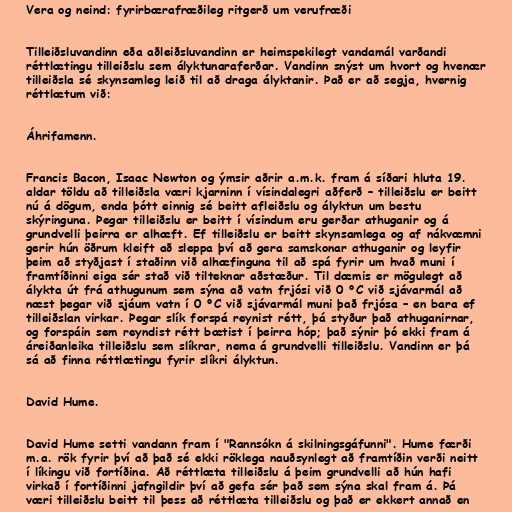
Vera og neind: fyrirbærafræðileg ritgerð um verufræði

Tilleiðsluvandinn eða aðleiðsluvandinn er heimspekilegt vandamál varðandi
réttlætingu tilleiðslu sem ályktunaraferðar. Vandinn snýst um hvort og hvenær
tilleiðsla sé skynsamleg leið til að draga ályktanir. Það er að segja, hvernig
réttlætum við:

Áhrifamenn.

Francis Bacon, Isaac Newton og ýmsir aðrir a.m.k. fram á síðari hluta 19.
aldar töldu að tilleiðsla væri kjarninn í vísindalegri aðferð – tilleiðslu er beitt
nú á dögum, enda þótt einnig sé beitt afleiðslu og ályktun um bestu
skýringuna. Þegar tilleiðslu er beitt í vísindum eru gerðar athuganir og á
grundvelli þeirra er alhæft. Ef tilleiðslu er beitt skynsamlega og af nákvæmni
gerir hún öðrum kleift að sleppa því að gera samskonar athuganir og leyfir
þeim að styðjast í staðinn við alhæfinguna til að spá fyrir um hvað muni í
framtíðinni eiga sér stað við tilteknar aðstæður. Til dæmis er mögulegt að
álykta út frá athugunum sem sýna að vatn frjósi við 0 °C við sjávarmál að
næst þegar við sjáum vatn í 0 °C við sjávarmál muni það frjósa – en bara ef
tilleiðslan virkar. Þegar slík forspá reynist rétt, þá styður það athuganirnar,
og forspáin sem reyndist rétt bætist í þeirra hóp; það sýnir þó ekki fram á
áreiðanleika tilleiðslu sem slíkrar, nema á grundvelli tilleiðslu. Vandinn er þá
sá að finna réttlætingu fyrir slíkri ályktun.

David Hume.

David Hume setti vandann fram í "Rannsókn á skilningsgáfunni". Hume færði
m.a. rök fyrir því að það sé ekki röklega nauðsynlegt að framtíðin verði neitt
í líkingu við fortíðina. Að réttlæta tilleiðslu á þeim grundvelli að hún hafi
virkað í fortíðinni jafngildir því að gefa sér það sem sýna skal fram á. Þá
væri tilleiðslu beitt til þess að réttlæta tilleiðslu og það er ekkert annað en